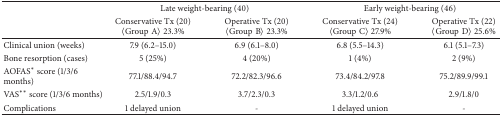
| <ROWSPAN=2>  | <COLSPAN=2> Late weight-bearing (40) | <COLSPAN=2> Early weight-bearing (46) |
 | Conservative Tx (20)〈GroupA〉 23.3% | Operative Tx (20)〈GroupB〉 23.3% | Conservative Tx (24)〈GroupC〉 27.9% | Operative Tx (22)〈GroupD〉 25.6% |
 | --- | --- | --- | --- | --- |
 | Clinical union (weeks) | 7.9 (6.2–15.0) | 6.9 (6.1–8.0) | 6.8 (5.5–14.3) | 6.1 (5.1–7.3) |
 | Bone resorption (cases) | 5 (25%) | 4 (20%) | 1 (4%) | 2 (9%) |
 | AOFAS∗ score (1/3/6 months) | 77.1/88.4/94.7 | 72.2/82.3/96.6 | 73.4/84.2/97.8 | 75.2/89.9/99.1 |
 | VAS∗∗ score (1/3/6 months) | 2.5/1.9/0.3 | 3.7/2.3/0.3 | 3.3/1.2/0.6 | 2.9/1.8/0 |
 | Complications | 1 delayed union | - | 1 delayed union | - |